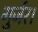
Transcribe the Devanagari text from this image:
गुर्जर।